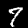
Digit: 7